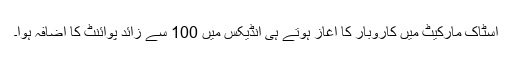
اسٹاک مارکیٹ میں کاروبار کا آغاز ہوتے ہی انڈیکس میں 100 سے زائد پوائنٹ کا اضافہ ہوا۔